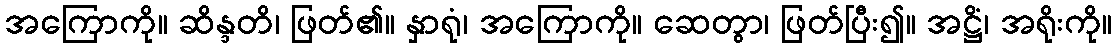
အကြောကို။ ဆိန္ဒတိ၊ ဖြတ်၏။ နှာရုံ၊ အကြောကို။ ဆေတွာ၊ ဖြတ်ပြီး၍။ အဋ္ဌိံ၊ အရိုးကို။